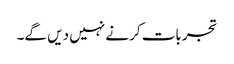
تجربات کرنے نہیں دیں گے۔